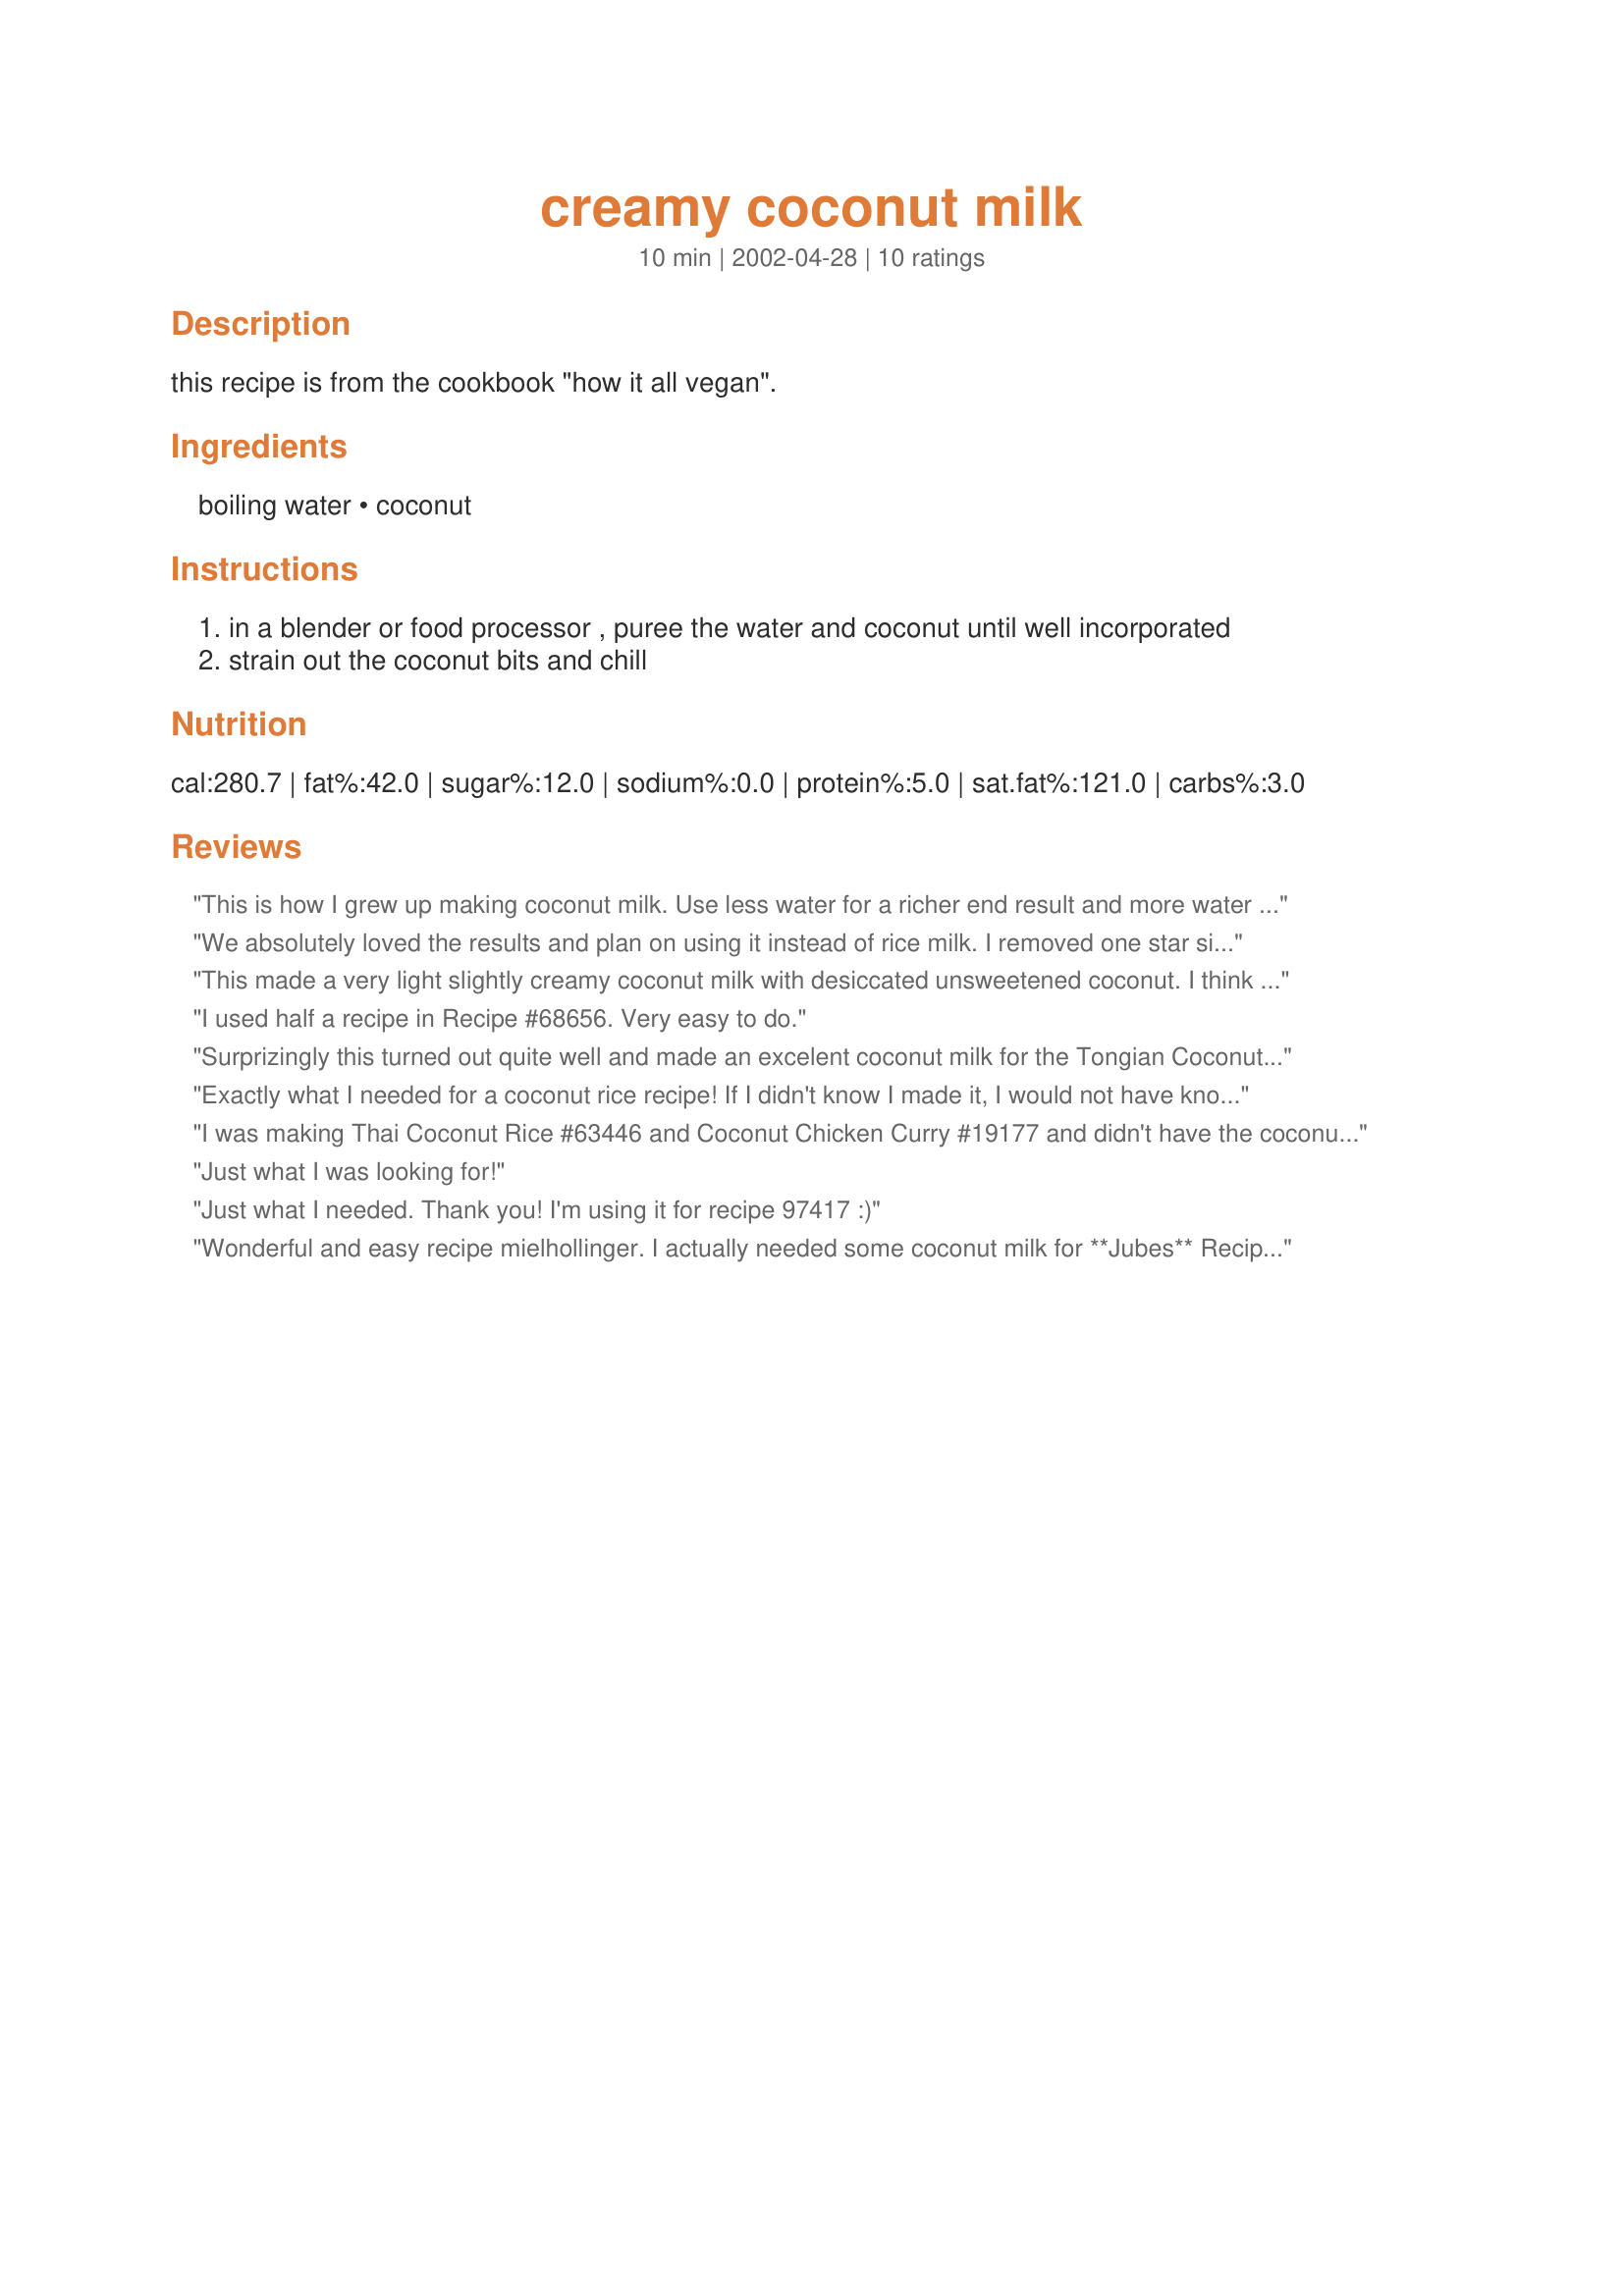
creamy coconut milk
Preparation time: 10 minutes

this recipe is from the cookbook "how it all vegan".

Ingredients:
boiling water, coconut

Steps:
in a blender or food processor , puree the water and coconut until well incorporated
strain out the coconut bits and chill

Reviews:
This is how I grew up making coconut milk. Use less water for a richer end result and more water for a less rich end result. We always use it to cook with or make coconut block (a frozen treat) Very delicious :).
We absolutely loved the results and plan on using it instead of rice milk. I removed one star since it wasn't "creamy" to me.
This made a very light slightly creamy coconut milk with desiccated unsweetened coconut. I think some people reviewing this recipe dont understand this is meant to be made with a fresh shredded coconut~thats how it would be creamy Im assuming. However without the fresh coconut this worked perfectly fine in Recipe #336835. I will defiantly use this recipe again if needed and would like to try it with freshly grated coconut also.
I used half a recipe in Recipe #68656. Very easy to do.
Surprizingly this turned out quite well and made an excelent coconut milk for the Tongian Coconut Rolls also on the Zaar.

I put it in the fridge and found that the solids began forming at the top. I was also bothered by the fact that so much coconut was strained off and wasted after making (I doubled the recipe and used the same batch to make a second batch of the milk). I wish I had had a back up plan for the left over coconut, or knew if it was still fine to use it, as it was very light and fluffy from the moisture and the pureeing in the blender. Was much of the fat taken out? Likely.

Anyways, I dont think this is a PERFECT replacement for the coconut milk in a can, but if you, like me, had run out of coconut milk and needed it to make a yummy new Zaar dish, it works just fine! Just a little less fatty than regular coconut milk. A bit too watery. But just a bit. Not enough to have to make any alterations in a recipe.
Exactly what I needed for a coconut rice recipe! If I didn't know I made it, I would not have known the difference! It works great on sweetened shredded coconut that is starting to dry out also! The strained coconut can then be used in other recipes such as coconut filled brownies. Yummy!
I was making Thai Coconut Rice #63446 and Coconut Chicken Curry #19177 and didn't have the coconut milk I thought I had. It didn't specify fresh or packaged coconut so I decided to experiment and used my regular slightly sweetened coconut flakes. I made 5-1/2 cups, enough for both recipes and WOW. This saved my dinner. It was VERY, VERY good. Thanks a lot for posting this, it saved me a trip to the store, also!!!! :)
Just what I was looking for!
Just what I needed. Thank you! I'm using it for recipe 97417 :)
Wonderful and easy recipe mielhollinger. 
I actually needed some coconut milk for **Jubes** Recipe #220272, I thought I had coconut milk and when it was time to add it ....... GASP!!
I then found this recipe and it worked so very well, I was amazed at how quick and easy it was !!
Thanks again, this great recipe got me out of spot!
